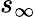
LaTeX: s_{\infty}